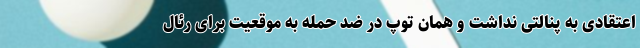
اعتقادی به پنالتی نداشت و همان توپ در ضد حمله به موقعیت برای رئال